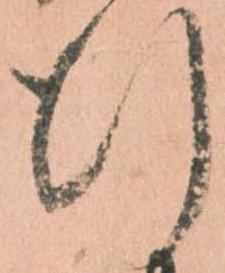
行